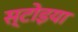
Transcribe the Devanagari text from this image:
स्टोइया